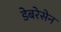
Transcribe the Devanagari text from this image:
डेबरेसेन